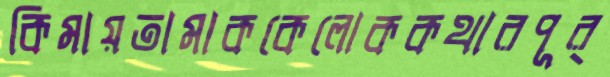
কিমায়তামাককেলোককথারপূর্